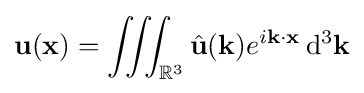
\mathbf {u} (\mathbf {x} )=\iiint _{\mathbb {R} ^{3}}{\hat {\mathbf {u} }}(\mathbf {k} )e^{i\mathbf {k\cdot x} }\,\mathrm {d} ^{3}\mathbf {k}